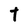
Character: t